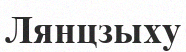
Лянцзыху